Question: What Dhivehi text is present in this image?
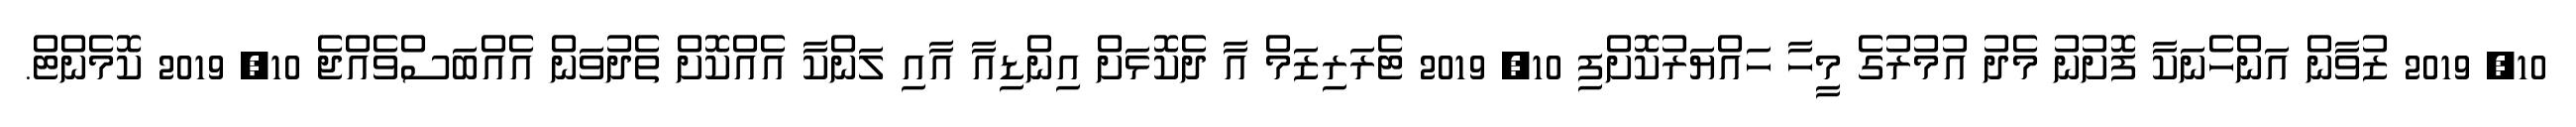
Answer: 10, 2019 ޒުވާން އަންހެނަކާ ފޮށުނު މެދު އުމުރުގެ މީހާ ހައްޔަރުކޮށްފި 10, 2019 ޓެރަރިޒަމް އާ ދެކޮޅަށް އިންޑިއާ އާއި ލަންކާ އެއްކޮށް ތެދުވަން އެއްބަސްވެއްޖެ 10, 2019 ކޮމެންޓް.